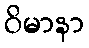
ဝိမာနာ